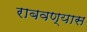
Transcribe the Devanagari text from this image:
राबवण्यास